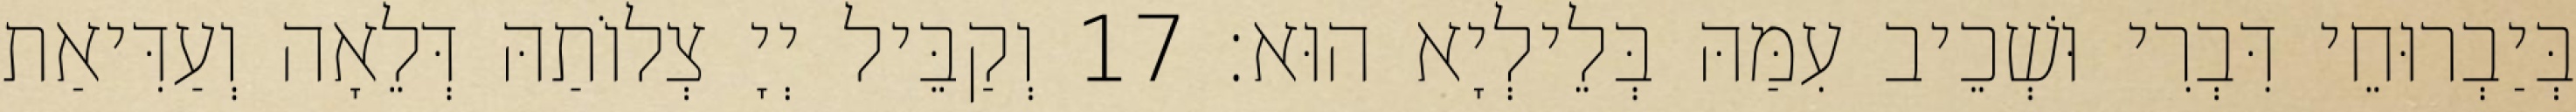
בְּיַבְרוּחֵי דִּבְרִי וּשְׁכֵיב עִמַּהּ בְּלֵילְיָא הוּא׃ 17 וְקַבֵּיל יְיָ צְלוֹתַהּ דְּלֵאָה וְעַדִּיאַת